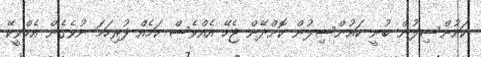
ކައުންސިލުން ބުނީ ކައުންސިލުން ކޮށްދޭން ޖެހޭ އެއްްވެސް ކަމެއް ފުރިހަމަ ނުވެގެން އެމްވީކޭ